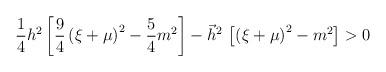
LaTeX: \begin{align*}\frac 14h^2\left[ \frac 94\left( \xi +\mu \right) ^2-\frac 54m^2\right]-\vec h^2\,\left[ \left( \xi +\mu \right) ^2-m^2\right] >0\end{align*}